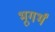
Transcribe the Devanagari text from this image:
भूगर्भं